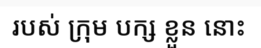
របស់ ក្រុម បក្ស ខ្លួន នោះ